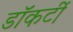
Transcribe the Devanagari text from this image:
डॉकर्टी